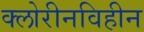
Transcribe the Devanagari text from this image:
क्लोरीनविहीन